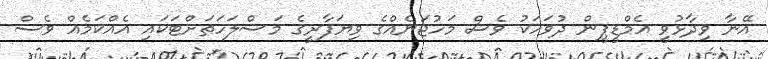
އޭނާ ވިދާޅުވީ އެމްޑީޕީން ދުވަހަކު ވެސް މަހުޖަނެއްގެ ވިޔަފާރީގެ މަސްލަހަތަށްޓަކައި އެއްކަމެއް ވެސް